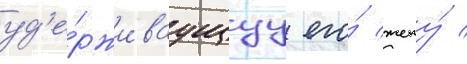
уд'е́рживаущуу его́ жену́ /